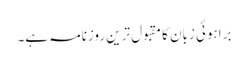
براہوئی زبان کا مقبول ترین روزنامہ ہے۔